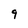
Character: 9